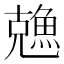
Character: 𠓈